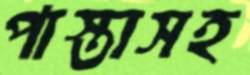
পাস্তাসহ